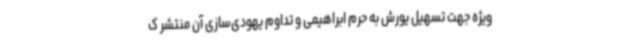
ویژه جهت تسهیل یورش به حرم ابراهیمی و تداوم یهودی‌سازی آن منتشر ک